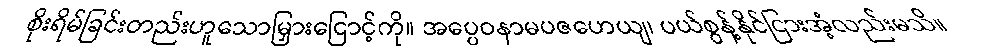
စိုးရိမ်ခြင်းတည်းဟူသောမြှားငြောင့်ကို။ အပ္ပေဝနာမပဇဟေယျ၊ ပယ်စွန့်နိုင်ငြားအံ့လည်းမသိ။